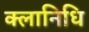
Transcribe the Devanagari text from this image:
क्लानिधि